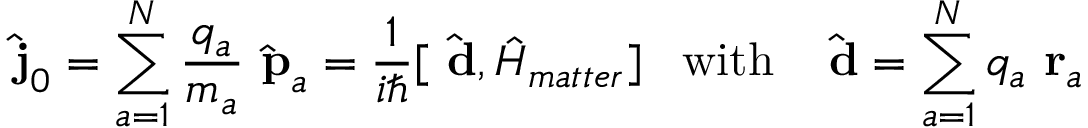
\hat { \mathrm { \bf ~ j } } _ { 0 } = \sum _ { a = 1 } ^ { N } \frac { q _ { a } } { m _ { a } } \hat { \mathrm { \bf ~ p } } _ { a } = \frac { 1 } { i \hbar } [ \hat { \mathrm { \bf ~ d } } , \hat { H } _ { m a t t e r } ] \; \; \; \mathrm { w i t h } \; \; \; \hat { \mathrm { \bf ~ d } } = \sum _ { a = 1 } ^ { N } q _ { a } \mathrm { \bf ~ r } _ { a }